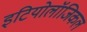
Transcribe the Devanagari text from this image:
इटियोलॉजिकल